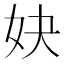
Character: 妜